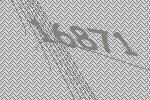
16871